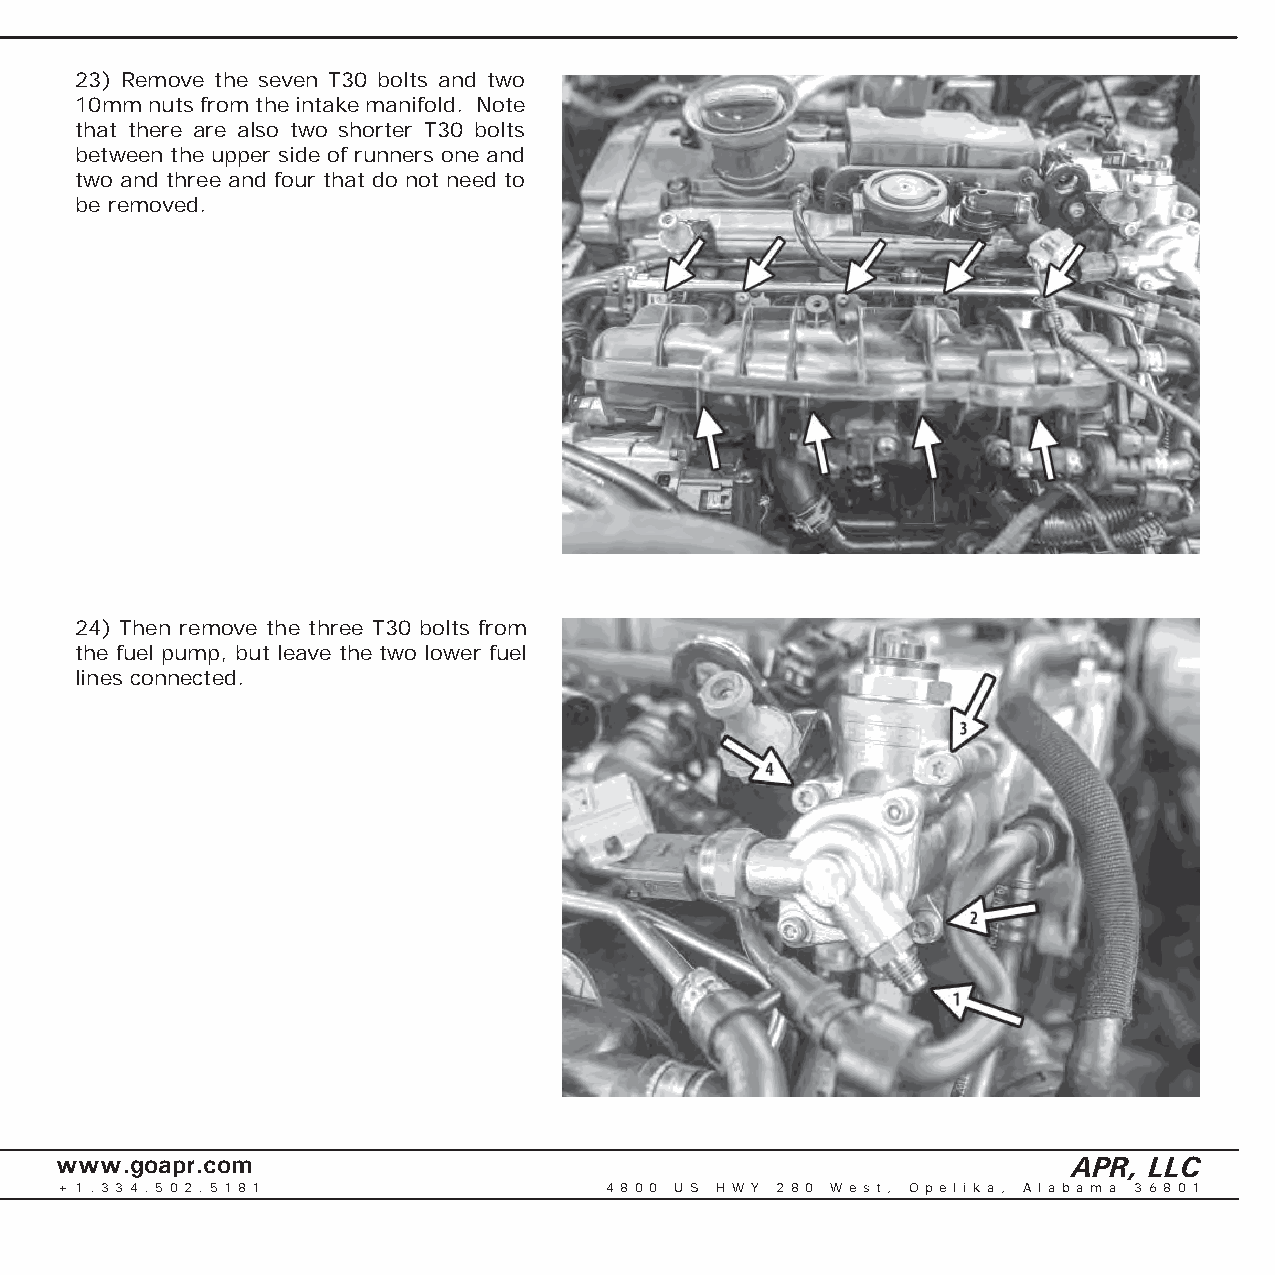
23) Remove the seven T30 bolts and two
 10mm nuts from the intake manifold. Note
 that there are also two shorter T30 bolts
 between the upper side of runners one and
 two and three and four that do not need to
 be removed.
 24) Then remove the three T30 bolts from
 the fuel pump, but leave the two lower fuel
 lines connected.
 www.goapr.com                                                      APR, LLC
 + 1 . 3 3 4 . 5 0 2 . 5 1 8 1       4 8 0 0 U S H W Y 2 8 0 We s t , O p e l i k a , A l a b a m a 3 6 8 0 1